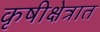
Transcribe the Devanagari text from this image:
कृषीक्षेत्रात